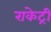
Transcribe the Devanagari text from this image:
राकेट्री